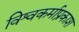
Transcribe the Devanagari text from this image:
विश्वकर्माप्रकाश